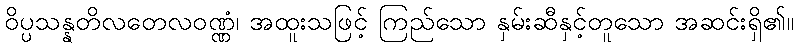
ဝိပ္ပသန္နတိလတေလဝဏ္ဏံ၊ အထူးသဖြင့် ကြည်သော နှမ်းဆီနှင့်တူသော အဆင်းရှိ၏။